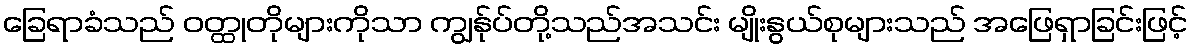
ခြေရာခံသည် ဝတ္ထုတိုများကိုသာ ကျွန်ုပ်တို့သည်အသင်း မျိုးနွယ်စုများသည် အဖြေရှာခြင်းဖြင့်